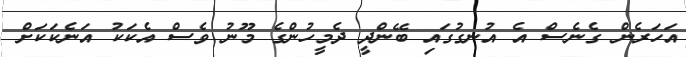
އަހަރެން ގެނެސް އެ އުނގުގައި ބޭންދީ ދެމީހުންގެ މޫނު ވެސް އެކަކު އަނެކަކަށް